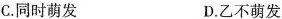
C.同时萌发 D.乙不萌发